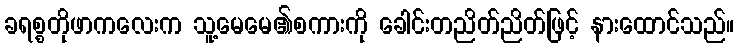
ခရစ္စတိုဖာကလေးက သူ့မေမေ၏စကားကို ခေါင်းတညိတ်ညိတ်ဖြင့် နားထောင်သည်။